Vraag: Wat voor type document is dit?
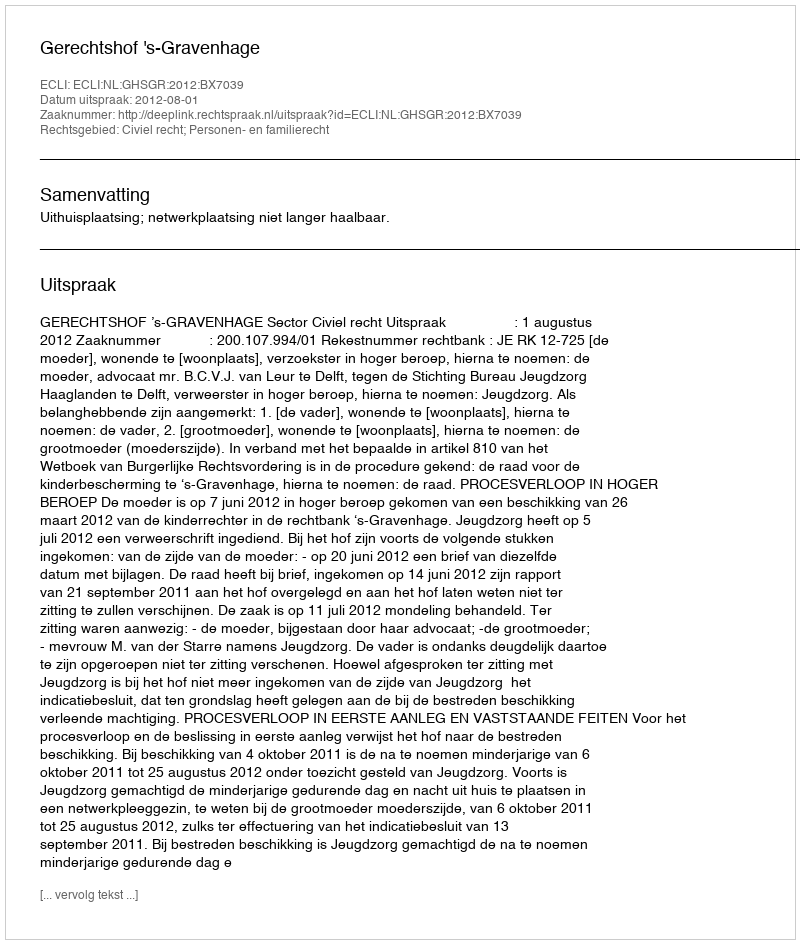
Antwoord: Uitspraak